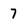
Character: 7